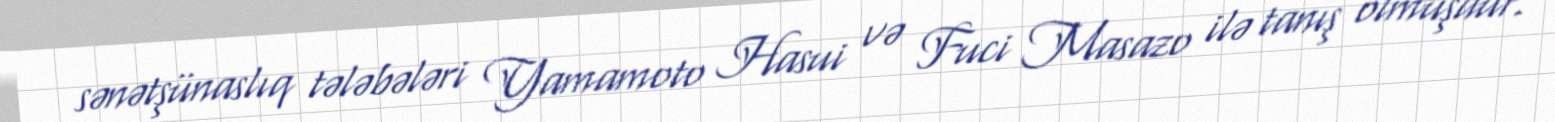
sənətşünaslıq tələbələri Yamamoto Hasui və Fuci Masazo ilə tanış olmuşdur.